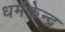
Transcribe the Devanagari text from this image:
धर्मकेन्द्र